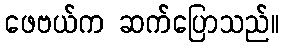
ဖေဗယ်က ဆက်ပြောသည်။